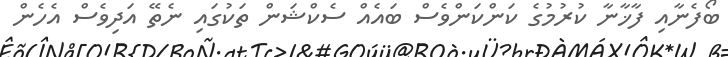
ބޯފެނާއި ފާޚާނާ ކުރުމުގެ ކަންކަންވެސް ބައެއް ސެކްޝަން ތަކުގައި ނެތޭ އަދިވެސް އެހެން